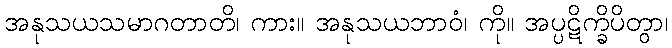
အနုသယသမာဂတာတိ၊ ကား။ အနုသယဘာဝံ၊ ကို။ အပ္ပဋိက္ခိပိတွာ၊